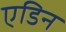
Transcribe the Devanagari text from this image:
एडिन